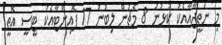
މި ނަތީޖާއާއެކު ކުޅުނު 8 މެޗުން ލިބުނު 17 ޕޮއިންޓާއެކު ޓީސީ އޮތީ